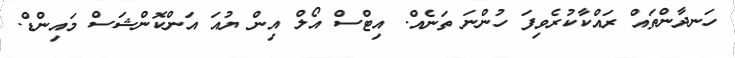
ހަނދާންތައް ރައްކާކުރެވިފަ ހުންނަ ތަނެއް. އިޓްސް އޯލް އިން ޔުއަ އަންކޮންޝަސް މައިންޑް.